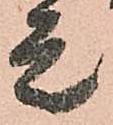
是